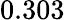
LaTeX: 0.303